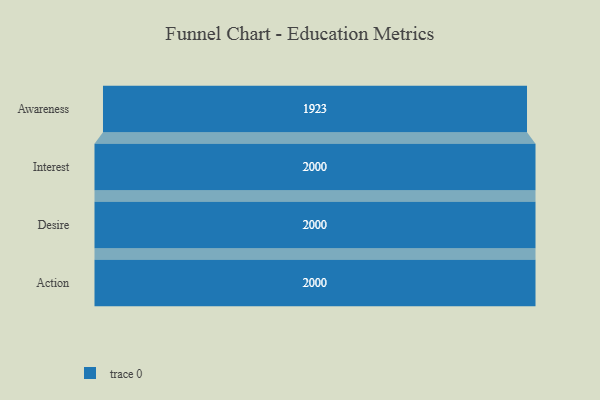
{"axis": {"x": "Stage", "y": "Value"}, "legend": [""], "data": [{"x": "Awareness", "y": 1923.0, "type": ""}, {"x": "Interest", "y": 2000, "type": ""}, {"x": "Desire", "y": 2000, "type": ""}, {"x": "Action", "y": 2000, "type": ""}]}